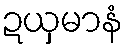
ဍယှမာနံ